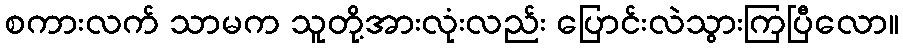
စကားလက် သာမက သူတို့အားလုံးလည်း ပြောင်းလဲသွားကြပြီလော။